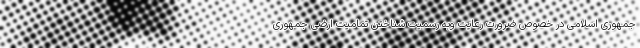
جمهوری اسلامی در خصوص ضرورت رعایتِ وبه رسمیت شناختن تمامیت ارضی جمهوری